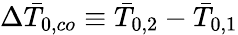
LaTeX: \Delta\bar{T}_{0,co}\equiv\bar{T}_{0,2}-\bar{T}_{0,1}